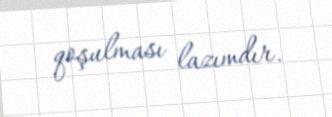
qoşulması lazımdır.